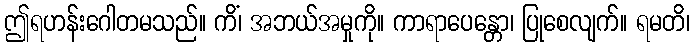
ဤရဟန်းဂေါတမသည်။ ကိံ၊ အဘယ်အမှုကို။ ကာရာပေန္တော၊ ပြုစေလျက်။ ရမတိ၊